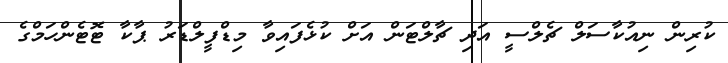
ކުރިން ނިއުކާސަލް ޗެލްސީ އަދި ޗާލްޓަން އަށް ކުޅެފައިވާ މިޑްފީލްޑަރު ޕާކާ ޓޮޓެންހަމްގެ